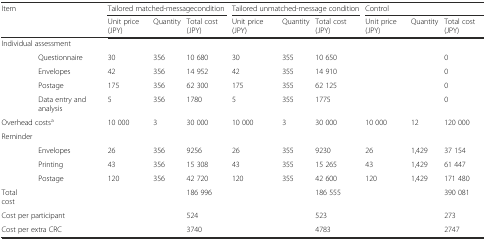
<table><thead><tr><td colspan="2" rowspan="2"><b>Item</b></td><td colspan="3"><b>Tailored matched-messagecondition</b></td><td colspan="3"><b>Tailored unmatched-message condition</b></td><td colspan="3"><b>Control</b></td></tr><tr><td><b>Unit price (JPY)</b></td><td><b>Quantity</b></td><td><b>Total cost (JPY)</b></td><td><b>Unit price (JPY)</b></td><td><b>Quantity</b></td><td><b>Total cost (JPY)</b></td><td><b>Unit price (JPY)</b></td><td><b>Quantity</b></td><td><b>Total cost (JPY)</b></td></tr></thead><tbody><tr><td colspan="2">Individual assessment</td><td>[EMPTY_CELL]</td><td>[EMPTY_CELL]</td><td>[EMPTY_CELL]</td><td>[EMPTY_CELL]</td><td>[EMPTY_CELL]</td><td>[EMPTY_CELL]</td><td>[EMPTY_CELL]</td><td>[EMPTY_CELL]</td><td>[EMPTY_CELL]</td></tr><tr><td>[EMPTY_CELL]</td><td>Questionnaire</td><td>30</td><td>356</td><td>10 680</td><td>30</td><td>355</td><td>10 650</td><td>[EMPTY_CELL]</td><td>[EMPTY_CELL]</td><td>0</td></tr><tr><td>[EMPTY_CELL]</td><td>Envelopes</td><td>42</td><td>356</td><td>14 952</td><td>42</td><td>355</td><td>14 910</td><td>[EMPTY_CELL]</td><td>[EMPTY_CELL]</td><td>0</td></tr><tr><td>[EMPTY_CELL]</td><td>Postage</td><td>175</td><td>356</td><td>62 300</td><td>175</td><td>355</td><td>62 125</td><td>[EMPTY_CELL]</td><td>[EMPTY_CELL]</td><td>0</td></tr><tr><td>[EMPTY_CELL]</td><td>Data entry and analysis</td><td>5</td><td>356</td><td>1780</td><td>5</td><td>355</td><td>1775</td><td>[EMPTY_CELL]</td><td>[EMPTY_CELL]</td><td>0</td></tr><tr><td colspan="2">Overhead costs<sup>a</sup></td><td>10 000</td><td>3</td><td>30 000</td><td>10 000</td><td>3</td><td>30 000</td><td>10 000</td><td>12</td><td>120 000</td></tr><tr><td>Reminder</td><td>[EMPTY_CELL]</td><td>[EMPTY_CELL]</td><td>[EMPTY_CELL]</td><td>[EMPTY_CELL]</td><td>[EMPTY_CELL]</td><td>[EMPTY_CELL]</td><td>[EMPTY_CELL]</td><td>[EMPTY_CELL]</td><td>[EMPTY_CELL]</td><td>[EMPTY_CELL]</td></tr><tr><td>[EMPTY_CELL]</td><td>Envelopes</td><td>26</td><td>356</td><td>9256</td><td>26</td><td>355</td><td>9230</td><td>26</td><td>1,429</td><td>37 154</td></tr><tr><td>[EMPTY_CELL]</td><td>Printing</td><td>43</td><td>356</td><td>15 308</td><td>43</td><td>355</td><td>15 265</td><td>43</td><td>1,429</td><td>61 447</td></tr><tr><td>[EMPTY_CELL]</td><td>Postage</td><td>120</td><td>356</td><td>42 720</td><td>120</td><td>355</td><td>42 600</td><td>120</td><td>1,429</td><td>171 480</td></tr><tr><td>Total cost</td><td>[EMPTY_CELL]</td><td>[EMPTY_CELL]</td><td>[EMPTY_CELL]</td><td>186 996</td><td>[EMPTY_CELL]</td><td>[EMPTY_CELL]</td><td>186 555</td><td>[EMPTY_CELL]</td><td>[EMPTY_CELL]</td><td>390 081</td></tr><tr><td colspan="2">Cost per participant</td><td>[EMPTY_CELL]</td><td>[EMPTY_CELL]</td><td>524</td><td>[EMPTY_CELL]</td><td>[EMPTY_CELL]</td><td>523</td><td>[EMPTY_CELL]</td><td>[EMPTY_CELL]</td><td>273</td></tr><tr><td colspan="2">Cost per extra CRC</td><td>[EMPTY_CELL]</td><td>[EMPTY_CELL]</td><td>3740</td><td>[EMPTY_CELL]</td><td>[EMPTY_CELL]</td><td>4783</td><td>[EMPTY_CELL]</td><td>[EMPTY_CELL]</td><td>2747</td></tr></tbody></table>